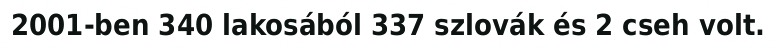
2001-ben 340 lakosából 337 szlovák és 2 cseh volt.